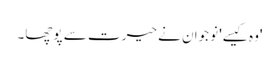
'وہ کیسے' نوجوان نے حیرت سے پوچھا۔